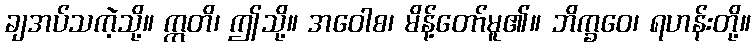
ချအပ်သကဲ့သို့။ ဣတိ၊ ဤသို့။ အဝေါစ၊ မိန့်တော်မူ၏။ ဘိက္ခဝေ၊ ရဟန်းတို့။